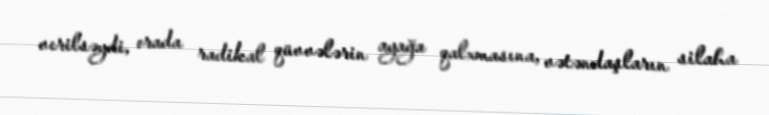
verilsəydi, orada radikal qüvvələrin ayağa qalxmasına, vətəndaşların silaha